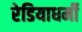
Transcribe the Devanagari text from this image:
रेडियाधर्मी